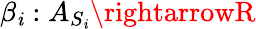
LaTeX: \beta_{\mathit{i}}:A_{S_{\mathit{i}}}\rightarrowR